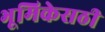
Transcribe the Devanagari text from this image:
भूमिकेसठी